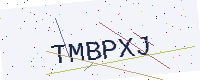
Text: TMBPXJ